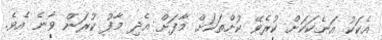
އެކަކު އަނެކަކަށް ކުރެވޭ ކުށްތަކަށް މާފަށް އެދި މާފު ކުރަން ވާނެ އެވެ.